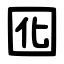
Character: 囮